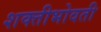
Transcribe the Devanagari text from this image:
शक्तीभोवती